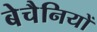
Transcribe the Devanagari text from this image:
बेचैनियों